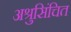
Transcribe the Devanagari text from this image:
अश्रुसिंचित